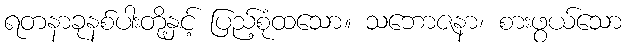
ရတနာခုနစ်ပါးတို့နှင့် ပြည့်စုံထသော။ သဘောဇနာ၊ စားဖွယ်သော